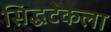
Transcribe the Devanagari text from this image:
सिद्धटेकला